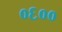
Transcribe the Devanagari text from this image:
०६००